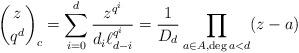
LaTeX: \begin{align*} {\binom{z}{q^d}}_c = \sum _{i=0}^{d} \frac{z^{q^i}}{d_i \ell_{d-i}^{q^i}} =\frac{1}{D_d}\prod_{a\in A, \deg a<d} (z-a)\end{align*}